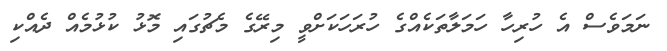
ނަމަވެސް އެ ހުރިހާ ހަމަލާތަކެއްގެ ހުރަހަކަށްވީ މިރޭގެ މެޗުގައި މޮޅު ކުޅުމެއް ދެއްކި